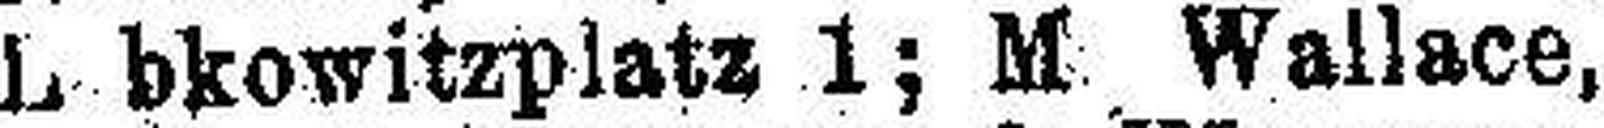
L bkowitzplatz 1; M. Wallace,